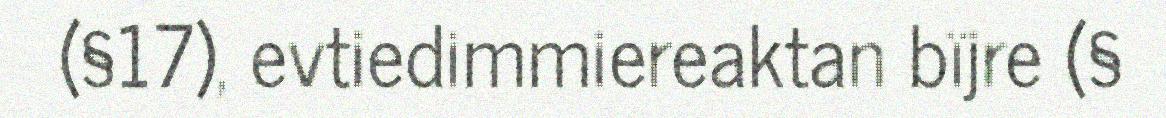
(§17), evtiedimmiereaktan bïjre (§